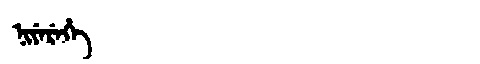
Manchu: ᠨᡳᠶᡝᡵᡝᡥᡝ
Romanization: NIYEREHE